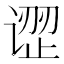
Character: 䜧